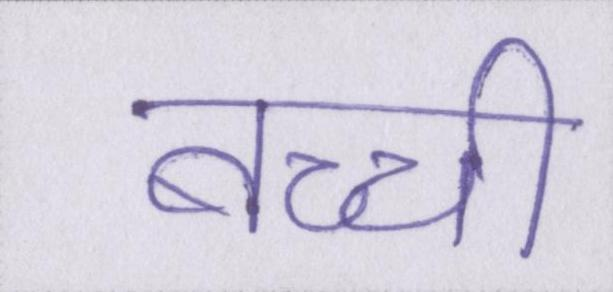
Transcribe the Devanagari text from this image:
बच्ची